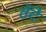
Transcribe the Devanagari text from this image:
तेंदै